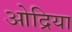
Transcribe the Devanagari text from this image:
ओद्रिया